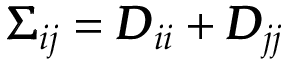
\pmb { \Sigma } _ { i j } = \pmb { D } _ { i i } + \pmb { D } _ { j j }